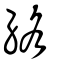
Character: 絡